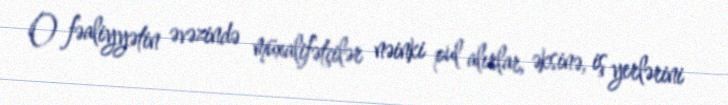
O fəaliyyətin əvəzində müxalifətçilər nəinki pul alırlar, əksinə, iş yerlərini